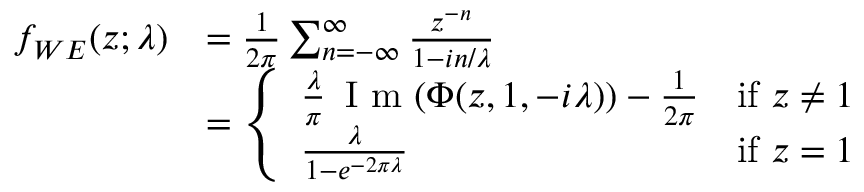
{ \begin{array} { r l } { f _ { W E } ( z ; \lambda ) } & { = { \frac { 1 } { 2 \pi } } \sum _ { n = - \infty } ^ { \infty } { \frac { z ^ { - n } } { 1 - i n / \lambda } } } \\ & { = { \left\{ \begin{array} { l l } { { \frac { \lambda } { \pi } } \, { \textrm { I m } } ( \Phi ( z , 1 , - i \lambda ) ) - { \frac { 1 } { 2 \pi } } } & { { \mathrm { i f ~ } } z \neq 1 } \\ { { \frac { \lambda } { 1 - e ^ { - 2 \pi \lambda } } } } & { { \mathrm { i f ~ } } z = 1 } \end{array} \right. } } \end{array} }